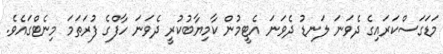
މަޑަގަސްކަރައިގެ ދެވަނަ ލަނޑު ދެވަނަ އެޓީމުން ކާމިޔާބުކުރީ ދެވަނަ ހާފްގެ ފުރަތަމަ މިނެޓްގައެވެ.